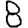
Digit: 8